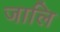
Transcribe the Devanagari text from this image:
जालि